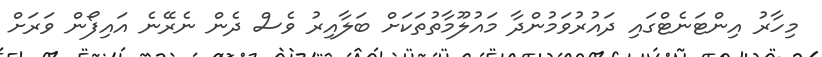
މިހާރު އިންޓަނެޓްގައި ދައުރުވަމުންދާ މައުލޫމާތުތަކަށް ބަލާއިރު ވެސް ދެން ނެރޭނެ އައިފޯން ވަރަށް